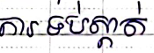
ការទប់ស្កាត់